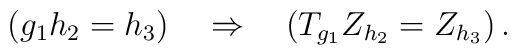
(g_1h_2=h_3)\quad\Rightarrow\quad(T_{g_1}Z_{h_2}=Z_{h_3})\,.